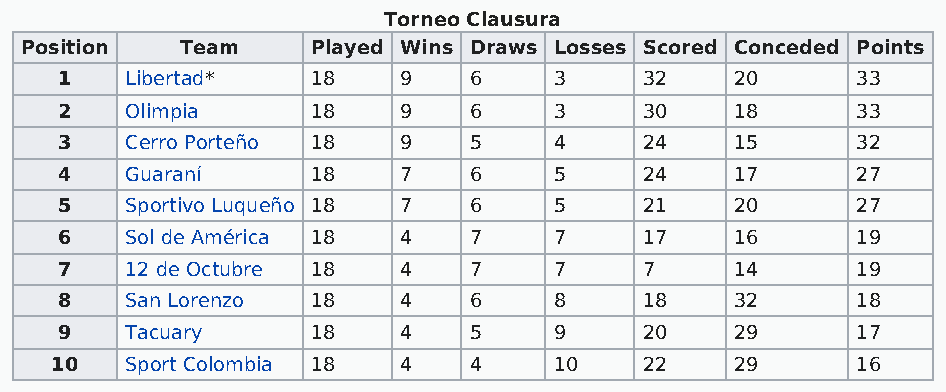
Torneo Clausura
 Position   Team     Played Wins Draws Losses Scored Conceded Points
 1   Libertad*    18   9    6     3     32    20      33
 2   Olimpia      18   9    6     3     30    18      33
 3   Cerro Porteño 18  9    5     4     24    15      32
 4   Guaraní      18   7    6     5     24    17      27
 5   Sportivo Luqueño 18 7  6     5     21    20      27
 6   Sol de América 18 4    7     7     17    16      19
 7   12 de Octubre 18  4    7     7     7     14      19
 8   San Lorenzo  18   4    6     8     18    32      18
 9   Tacuary      18   4    5     9     20    29      17
 10   Sport Colombia 18 4    4     10    22    29      16